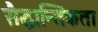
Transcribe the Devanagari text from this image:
सैद्धान्तिकता